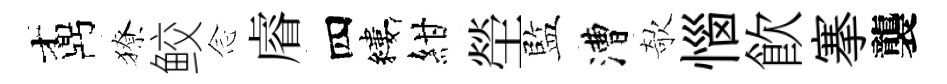
鼒獠鲛𫝹𥈠四縷紺塋監漕欹惱飮搴襲